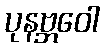
ပုနဗ္ဘဝေါ